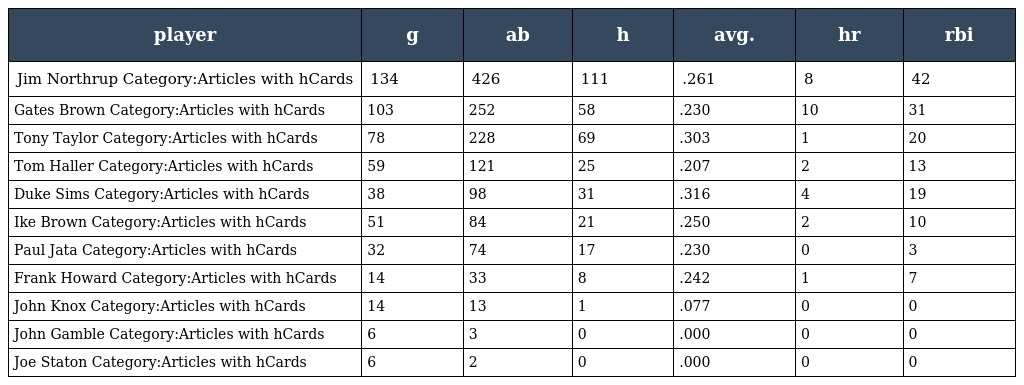
| player | g | ab | h | avg. | hr | rbi |
 | --- | --- | --- | --- | --- | --- | --- |
 | Jim Northrup Category:Articles with hCards | 134 | 426 | 111 | .261 | 8 | 42 |
 | Gates Brown Category:Articles with hCards | 103 | 252 | 58 | .230 | 10 | 31 |
 | Tony Taylor Category:Articles with hCards | 78 | 228 | 69 | .303 | 1 | 20 |
 | Tom Haller Category:Articles with hCards | 59 | 121 | 25 | .207 | 2 | 13 |
 | Duke Sims Category:Articles with hCards | 38 | 98 | 31 | .316 | 4 | 19 |
 | Ike Brown Category:Articles with hCards | 51 | 84 | 21 | .250 | 2 | 10 |
 | Paul Jata Category:Articles with hCards | 32 | 74 | 17 | .230 | 0 | 3 |
 | Frank Howard Category:Articles with hCards | 14 | 33 | 8 | .242 | 1 | 7 |
 | John Knox Category:Articles with hCards | 14 | 13 | 1 | .077 | 0 | 0 |
 | John Gamble Category:Articles with hCards | 6 | 3 | 0 | .000 | 0 | 0 |
 | Joe Staton Category:Articles with hCards | 6 | 2 | 0 | .000 | 0 | 0 |